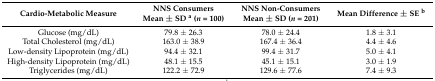
| Cardio-Metabolic Measure | NNS Consumers Mean ± SD a (n = 100) | NNS Non-Consumers Mean ± SD (n = 201) | Mean Difference ± SE b |
 | --- | --- | --- | --- |
 | Glucose (mg/dL) | 79.8 ± 26.3 | 78.0 ± 24.4 | 1.8 ± 3.1 |
 | Total Cholesterol (mg/dL) | 163.0 ± 38.9 | 167.4 ± 36.4 | 4.4 ± 4.6 |
 | Low-density Lipoprotein (mg/dL) | 94.4 ± 32.1 | 99.4 ± 31.7 | 5.0 ± 4.1 |
 | High-density Lipoprotein (mg/dL) | 48.1 ± 15.5 | 45.1 ± 15.1 | 3.0 ± 1.9 |
 | Triglycerides (mg/dL) | 122.2 ± 72.9 | 129.6 ± 77.6 | 7.4 ± 9.3 |